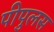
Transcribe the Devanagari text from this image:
पीपुलस